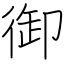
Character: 御